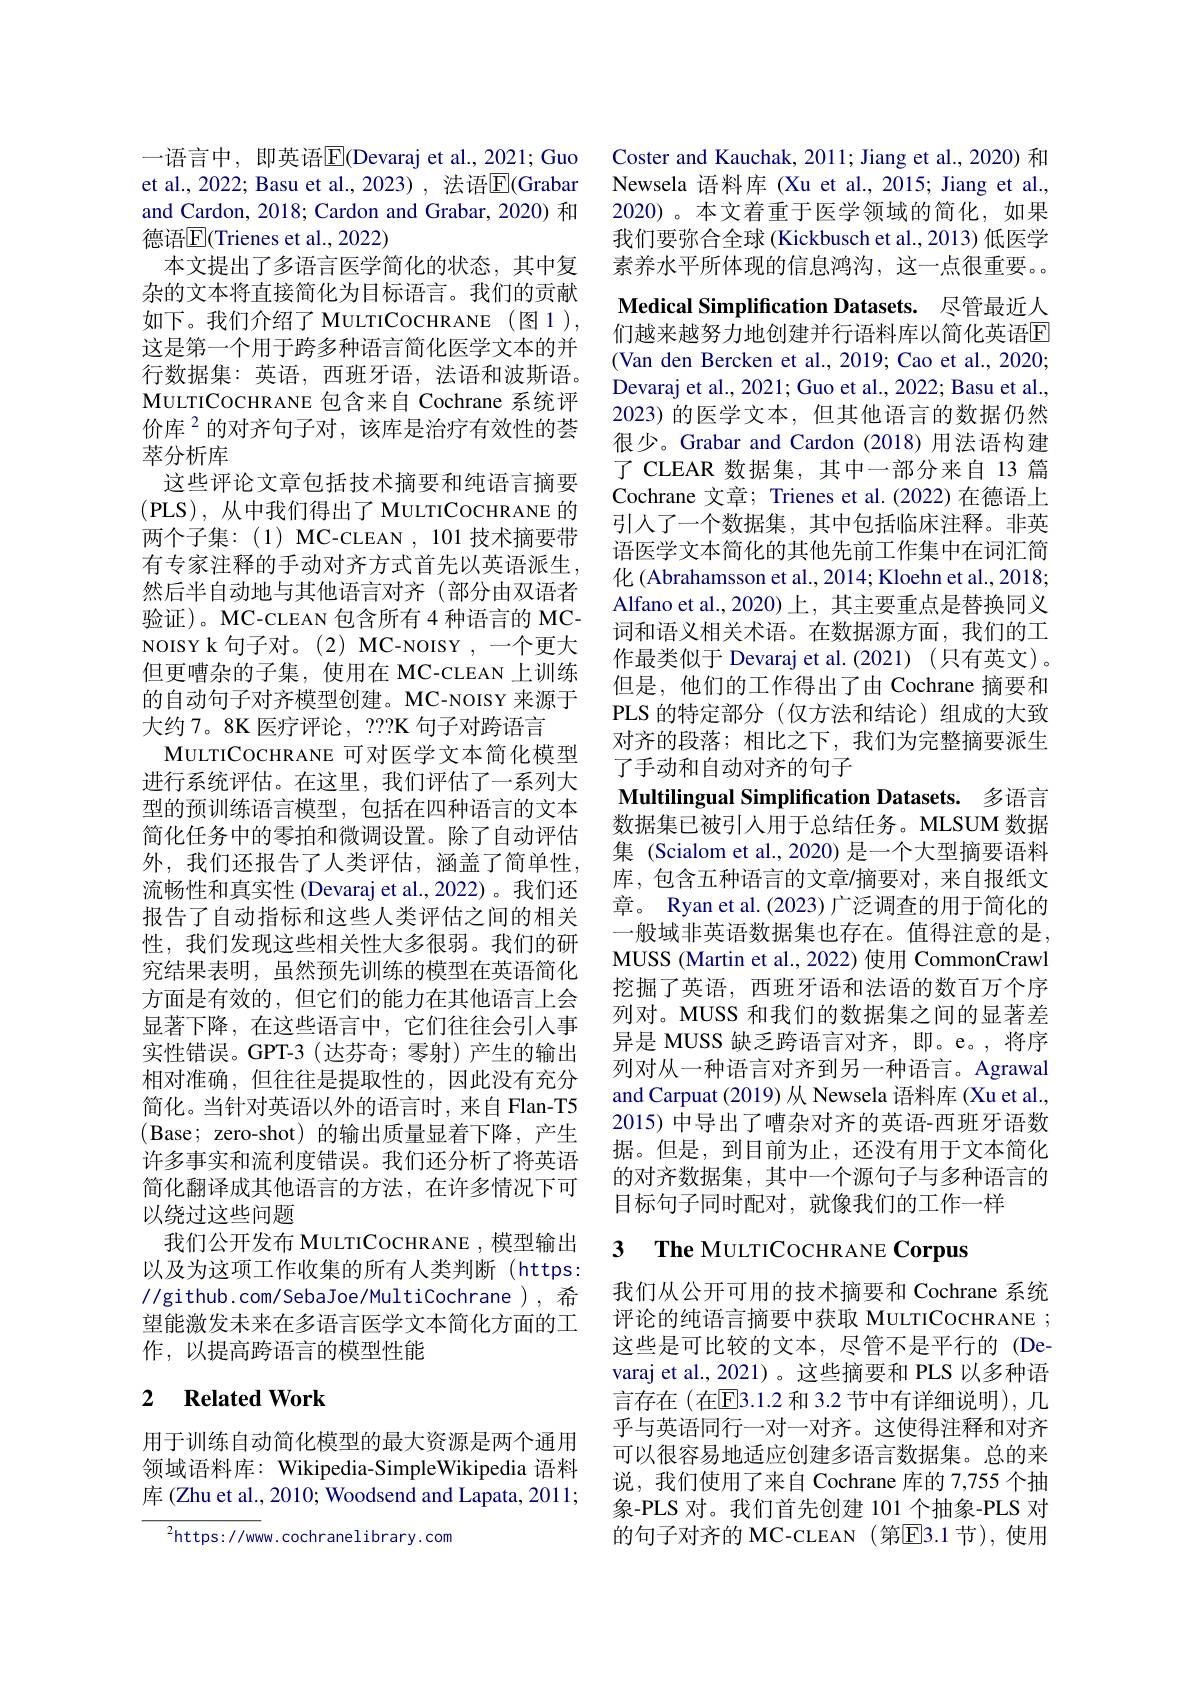
一语言中，即英语|E|(Devaraj et al., 2021; Guo et al., 2022; Basu et al., 2023) , 法语$\overline{\mathrm{E}}($Grabar and Cardon, 2018; Cardon and Grabar, 2020) 和德语$\overline{\mathbb{E}}($Trienes et al., 2022)
本文提出了多语言医学简化的状态，其中复杂的文本将直接简化为目标语言。我们的贡献如下。我们介绍了 MULTICOCHRANE (图1), 这是第一个用于跨多种语言简化医学文本的并行数据集：英语，西班牙语，法语和波斯语。MULTICOCHRANE 包含来自 Cochrane 系统评价库$^{2}$的对齐句子对，该库是治疗有效性的荟萃分析库
这些评论文章包括技术摘要和纯语言摘要(PLS),从中我们得出了 MuLTICOCHRANE 的两个子集：(1) MC-CLEAN , 101 技术摘要带有专家注释的手动对齐方式首先以英语派生然后半自动地与其他语言对齐(部分由双语者验证)。MC-CLEAN 包含所有 4 种语言的 MCNOISY k 句子对。(2) MC-NOISY ,一个更大但更嘈杂的子集，使用在 MC-CLEAN 上训练的自动句子对齐模型创建。MC-NOISY 来源于大约 7。8K 医疗评论，???K 句子对跨语言
MULTICOCHRANE 可对医学文本简化模型进行系统评估。在这里，我们评估了一系列大型的预训练语言模型，包括在四种语言的文本简化任务中的零拍和微调设置。除了自动评估外，我们还报告了人类评估，涵盖了简单性， 流畅性和真实性 (Devaraj et al.,2022)。我们还报告了自动指标和这些人类评估之间的相关性，我们发现这些相关性大多很弱。我们的研究结果表明，虽然预先训练的模型在英语简化方面是有效的，但它们的能力在其他语言上会显著下降，在这些语言中，它们往往会引入事实性错误。GPT-3(达芬奇；零射)产生的输出相对准确，但往往是提取性的，因此没有充分简化。当针对英语以外的语言时，来自 Flan-T5 (Base; zero-shot)的输出质量显着下降，产生许多事实和流利度错误。我们还分析了将英语简化翻译成其他语言的方法，在许多情况下可以绕过这些问题
我们公开发布 MULTICOCHRANE , 模型输出以及为这项工作收集的所有人类判断(https: //github.com/SebaJoe/MultiCochrane), 希望能激发未来在多语言医学文本简化方面的工作，以提高跨语言的模型性能

### 2 $\textbf{Related Work}$

用于训练自动简化模型的最大资源是两个通用领域语料库：Wikipedia-SimpleWikipedia 语料库 (Zhu et al., 2010; Woodsend and Lapata, 2011;

$^{2}$https://www.cochranelibrary.com

Coster and Kauchak, 2011; Jiang et al., 2020) 和Newsela 语料库 (Xu et al., 2015; Jiang et al., 2020)。本文着重于医学领域的简化，如果我们要弥合全球 (Kickbusch et al., 2013) 低医学素养水平所体现的信息鸿沟，这一点很重要。Medical Simplification Datasets. 尽管最近人们越来越努力地创建并行语料库以简化英语E (Van den Bercken et al., 2019; Cao et al., 2020; Devaraj et al., 2021; Guo et al., 2022; Basu et al. 2023) 的医学文本，但其他语言的数据仍然很少。Grabar and Cardon (2018)用法语构建了 CLEAR 数据集，其中一部分来自 13 篇Cochrane 文章；Trienes et al.(2022)在德语上引人了一个数据集，其中包括临床注释。非英语医学文本简化的其他先前工作集中在词汇简化 (Abrahamsson et al., 2014; Kloehn et al., 2018; Alfano et al.,2020)上，其主要重点是替换同义词和语义相关术语。在数据源方面，我们的工作最类似于 Devaraj et al.(2021) (只有英文)。但是，他们的工作得出了由 Cochrane 摘要和PLS 的特定部分(仅方法和结论)组成的大致对齐的段落；相比之下，我们为完整摘要派生了手动和自动对齐的句子
Multilingual Simplification Datasets. 多语言数据集已被引人用于总结任务。MLSUM 数据集 (Scialom et al., 2020) 是一个大型摘要语料库，包含五种语言的文章/摘要对，来自报纸文章。Ryan et al. (2023) 广泛调查的用于简化的一般域非英语数据集也存在。值得注意的是MUSS (Martin et al., 2022) 使用 CommonCrawl 挖掘了英语，西班牙语和法语的数百万个序列对。MUSS 和我们的数据集之间的显著差异是 MUSS 缺乏跨语言对齐，即。e。,将序列对从一种语言对齐到另一种语言。Agrawal and Carpuat (2019) 从 Newsela 语料库 (Xu et al., 2015) 中导出了嘈杂对齐的英语-西班牙语数据。但是，到目前为止，还没有用于文本简化的对齐数据集，其中一个源句子与多种语言的目标句子同时配对，就像我们的工作一样
3 $\textbf{The MULTICOCHRANE Corpus}$

我们从公开可用的技术摘要和 Cochrane 系统评论的纯语言摘要中获取 MULTICOCHRANE ; 这些是可比较的文本，尽管不是平行的(De-) varaj et al., 2021)。这些摘要和 PLS 以多种语言存在(在回3.1.2 和 3.2 节中有详细说明), 几乎与英语同行一对一对齐。这使得注释和对齐可以很容易地适应创建多语言数据集。总的来说，我们使用了来自 Cochrane 库的 7,755 个抽象-PLS 对。我们首先创建 101 个抽象-PLS 对的句子对齐的 MC-CLEAN (第$\overline{\mathrm{E}}$3.1节),使用